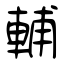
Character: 輔